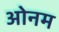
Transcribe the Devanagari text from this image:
ओनम